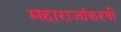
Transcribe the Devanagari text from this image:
महाराजांकरवी